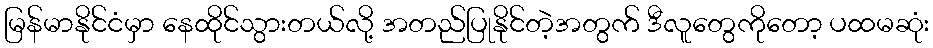
မြန်မာနိုင်ငံမှာ နေထိုင်သွားတယ်လို့ အတည်ပြုနိုင်တဲ့အတွက် ဒီလူတွေကိုတော့ ပထမဆုံး